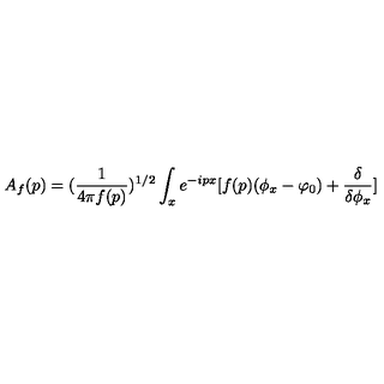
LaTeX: A _ { f } ( p ) = ( { \frac { 1 } { 4 \pi f ( p ) } } ) ^ { 1 / 2 } \int _ { x } e ^ { - i p x } [ f ( p ) ( \phi _ { x } - \varphi _ { 0 } ) + { \frac { \delta } { \delta \phi _ { x } } } ]